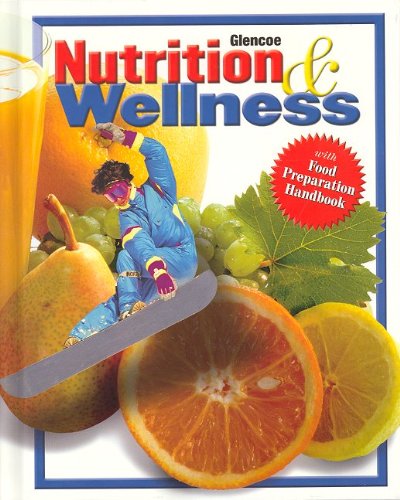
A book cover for Nutrition & Wellness, Student Edition; Roberta Larson Duyff; Teen & Young Adult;